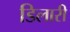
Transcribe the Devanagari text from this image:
डिलारी